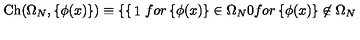
\mathrm { C h } ( \Omega _ { N } , \left\{ \phi ( x ) \right\} ) \equiv \left\{ \begin{cases} { 1 } & { f o r \left\{ \phi ( x ) \right\} \in \Omega _ { N } } \\ { 0 } & { f o r \left\{ \phi ( x ) \right\} \not \in \Omega _ { N } } \\ \end{cases} \right.